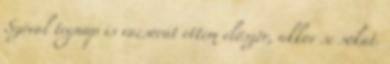
Szóval tegnap is vacsorát ettem először, akkor se sokat.